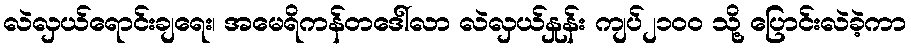
လဲလှယ်ရောင်းချရေး၊ အမေရိကန်တဒေါ်လာ လဲလှယ်နှုန်း ကျပ်၂၁၀၀ သို့ ပြောင်းလဲခဲ့ကာ